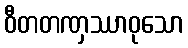
ဝီတတဏှဿာဝုသော